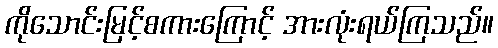
ကိုသောင်းမြင့်စကားကြောင့် အားလုံးရယ်ကြသည်။